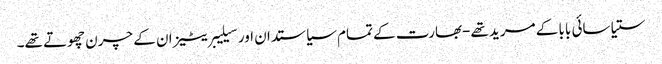
ستیا سائی بابا کے مرید تھے-بھارت کے تمام سیاستدان اور سیلیبریٹیز ان کے چرن چھوتے تھے۔